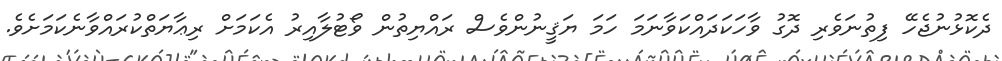
ދެކޮޅުނުޖެހޭ ފިތުނަވެރި ދޮގު ވާހަކަދައްކަވާނަމަ ހަމަ ޔަޤީނުންވެސް ރައްޔިތުން ވޯޓުލާއިރު އެކަމަށް ރިޢާޔަތްކުރައްވާނެކަމަށެވެ.